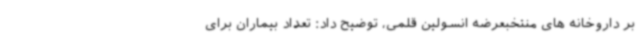
بر داروخانه های منتخبعرضه انسولین قلمی، توضیح داد: تعداد بیماران برای